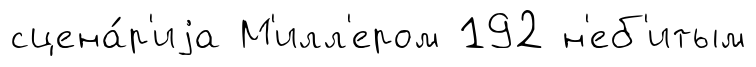
сцена́р'иjа М'илл'ером 192 н'еб'итым